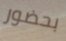
بحضور